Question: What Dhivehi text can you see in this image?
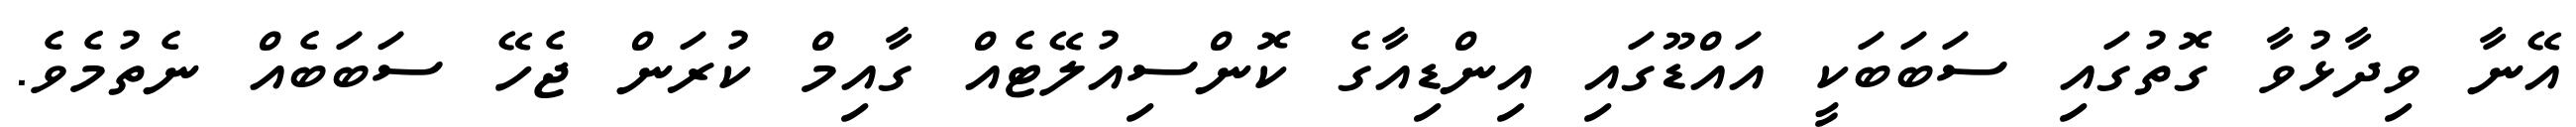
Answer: އޭނާ ވިދާޅުވާ ގޮތުގައި ސަބަބަކީ އައްޑޫގައި އިންޑިއާގެ ކޮންސިއުލޭޓެއް ގާއިމް ކުރަން ޖެހޭ ސަބަބެއް ނެތުމެވެ.